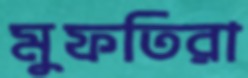
মুফতিরা